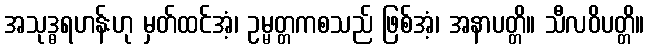
အသုဒ္ဓရဟန်းဟု မှတ်ထင်အံ့၊ ဥမ္မတ္တကစသည် ဖြစ်အံ့၊ အနာပတ္တိ။ သီလဝိပတ္တိ။